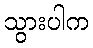
သွားပါက